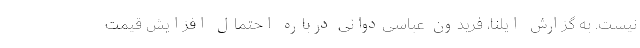
نیست. به گزارش ایلنا، فریدون عباسی‌دوانی درباره احتمال افزایش قیمت